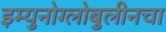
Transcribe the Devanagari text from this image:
इम्युनोग्लोबुलीनचा